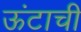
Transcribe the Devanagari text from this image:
ऊंटाची